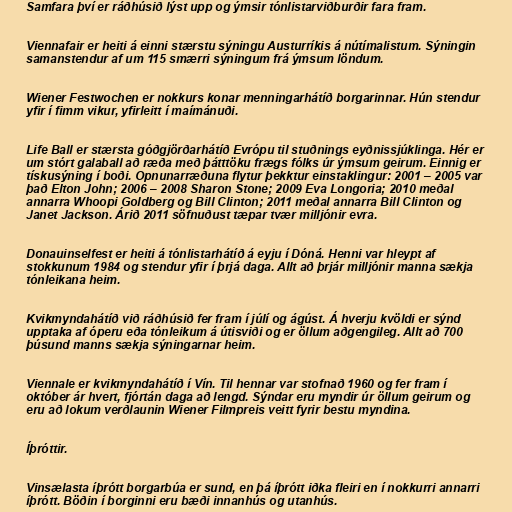
Samfara því er ráðhúsið lýst upp og ýmsir tónlistarviðburðir fara fram.

Viennafair er heiti á einni stærstu sýningu Austurríkis á nútímalistum. Sýningin
samanstendur af um 115 smærri sýningum frá ýmsum löndum.

Wiener Festwochen er nokkurs konar menningarhátíð borgarinnar. Hún stendur
yfir í fimm vikur, yfirleitt í maímánuði.

Life Ball er stærsta góðgjörðarhátíð Evrópu til stuðnings eyðnissjúklinga. Hér er
um stórt galaball að ræða með þátttöku frægs fólks úr ýmsum geirum. Einnig er
tískusýning í boði. Opnunarræðuna flytur þekktur einstaklingur: 2001 – 2005 var
það Elton John; 2006 – 2008 Sharon Stone; 2009 Eva Longoria; 2010 meðal
annarra Whoopi Goldberg og Bill Clinton; 2011 meðal annarra Bill Clinton og
Janet Jackson. Árið 2011 söfnuðust tæpar tvær milljónir evra.

Donauinselfest er heiti á tónlistarhátíð á eyju í Dóná. Henni var hleypt af
stokkunum 1984 og stendur yfir í þrjá daga. Allt að þrjár milljónir manna sækja
tónleikana heim.

Kvikmyndahátíð við ráðhúsið fer fram í júlí og ágúst. Á hverju kvöldi er sýnd
upptaka af óperu eða tónleikum á útisviði og er öllum aðgengileg. Allt að 700
þúsund manns sækja sýningarnar heim.

Viennale er kvikmyndahátíð í Vín. Til hennar var stofnað 1960 og fer fram í
október ár hvert, fjórtán daga að lengd. Sýndar eru myndir úr öllum geirum og
eru að lokum verðlaunin Wiener Filmpreis veitt fyrir bestu myndina.

Íþróttir.

Vinsælasta íþrótt borgarbúa er sund, en þá íþrótt iðka fleiri en í nokkurri annarri
íþrótt. Böðin í borginni eru bæði innanhús og utanhús.